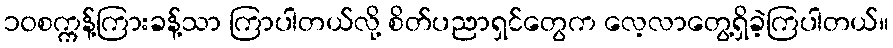
၁၀စက္ကန့်ကြားခန့်သာ ကြာပါတယ်လို့ စိတ်ပညာရှင်တွေက လေ့လာတွေ့ရှိခဲ့ကြပါတယ်။